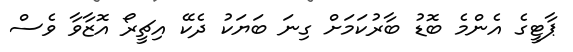
ޕާޓީގެ އެންމެ ބޮޑު ބާރުކަމަށް ގިނަ ބަޔަކު ދެކޭ އިޗީރޯ އޮޒާވާ ވެސް